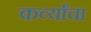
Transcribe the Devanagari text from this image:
कर्व्यांचा